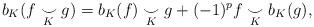
LaTeX: \begin{align*} b_K(f \underset{K}{\smile} g)= b_K(f) \underset{K}{\smile} g +(-1)^p f \underset{K}{\smile} b_K(g),\end{align*}